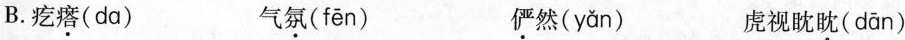
B. 疙瘩(dα) 气氛( fēn ) 俨然( yǎn ) 虎视眈眈( dān )